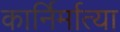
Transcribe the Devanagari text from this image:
कार्निर्मात्या